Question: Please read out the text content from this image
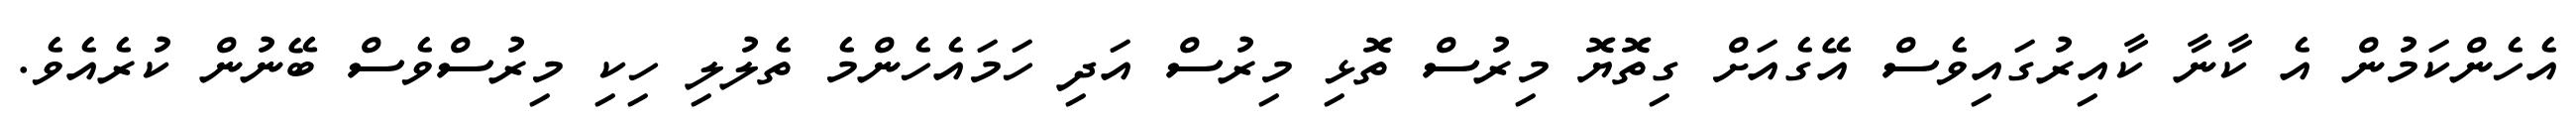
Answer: އެހެންކަމުން އެ ކާނާ ކާއިރުގައިވެސް އޭގެއަށް ގިތޮޔޮ މިރުސް ތޮޅި މިރުސް އަދި ހަމައެހެންމެ ތެލުލި ހިކި މިރުސްވެސް ބޭނުން ކުރެއެވެ.